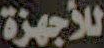
للأجهزة